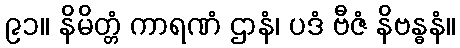
၉၁။ နိမိတ္တံ ကာရဏံ ဌာနံ၊ ပဒံ ဗီဇံ နိဗန္ဓနံ။